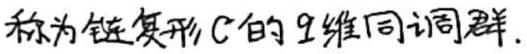
称为链复形$C$的$q$维同调群.